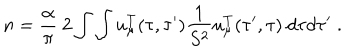
LaTeX: n = { \frac { \alpha } { \pi } } ~ 2 \int \int u _ { \mu } ^ { T } ( \tau , \tau ^ { \prime } ) { \frac { 1 } { S ^ { 2 } } } u _ { \mu } ^ { T } ( \tau ^ { \prime } , \tau ) ~ d \tau d \tau ^ { \prime } \; .